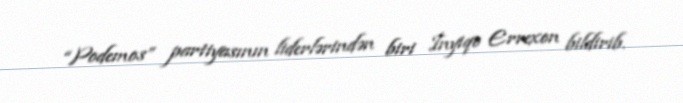
“Podemos” partiyasının liderlərindən biri İnyiqo Errexon bildirib.